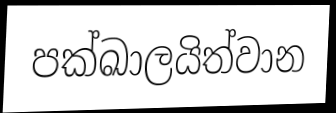
පක්ඛාලයිත්වාන